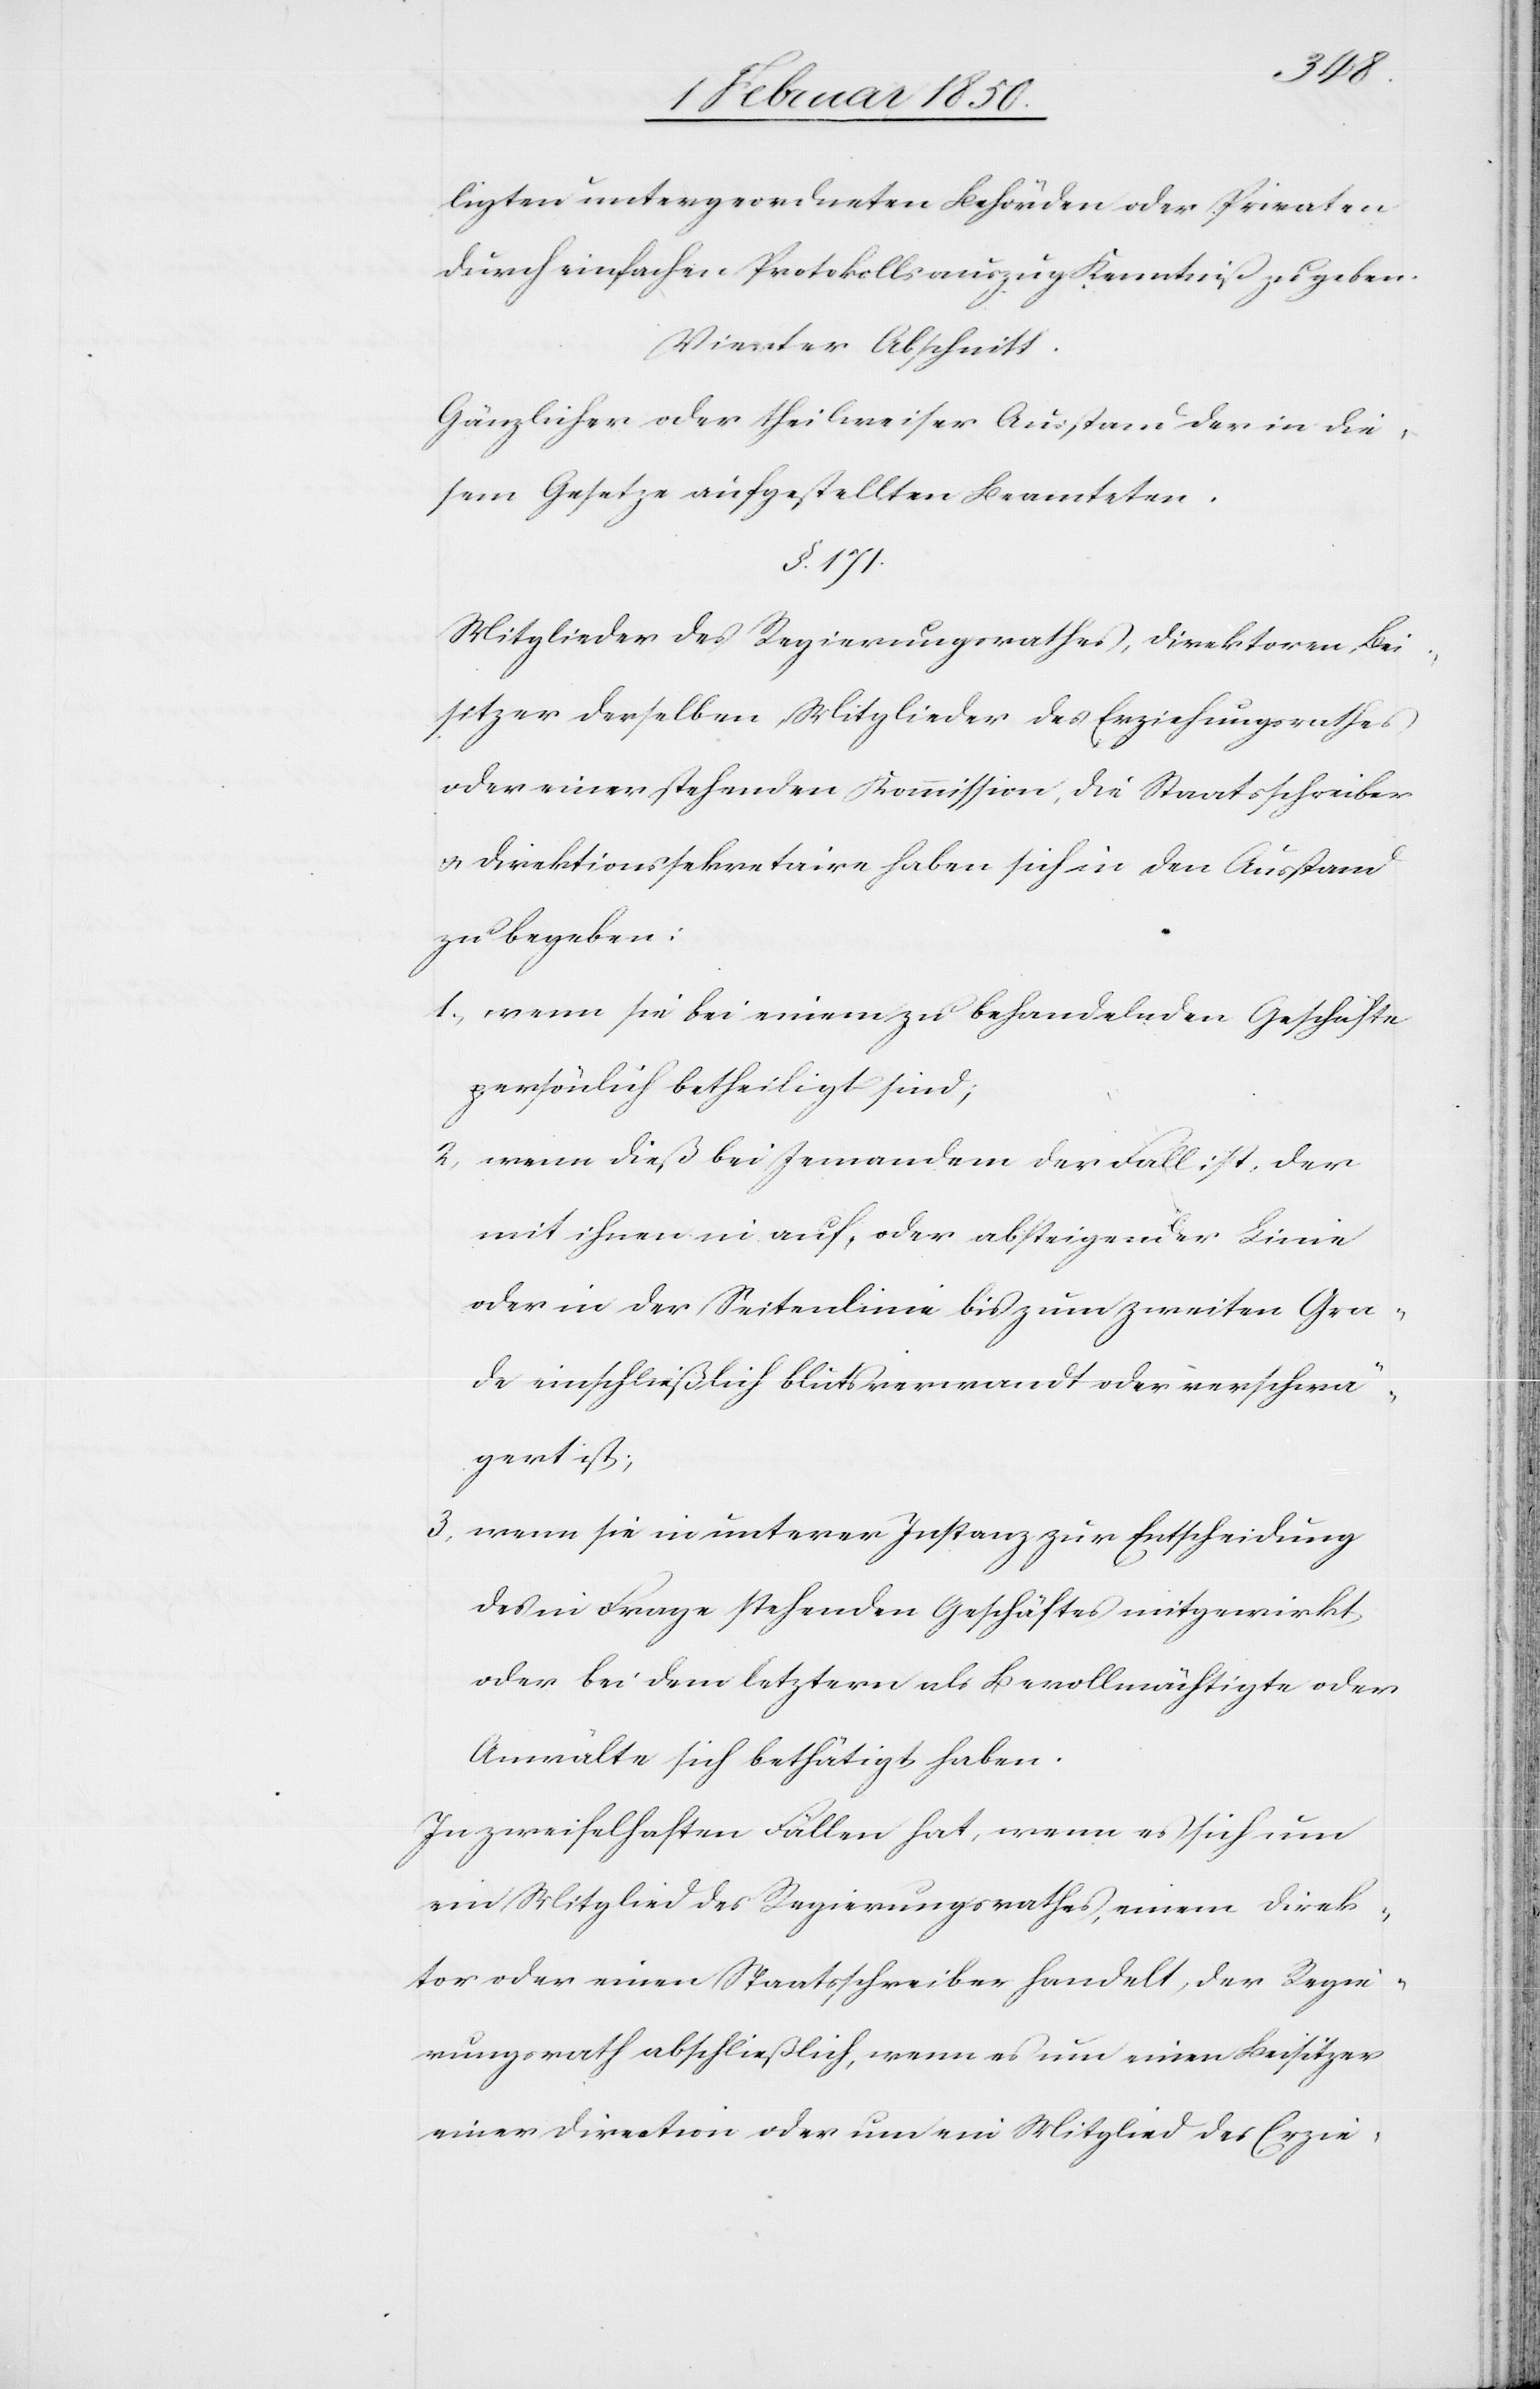
ligten untergeordneten Behörden oder Privaten
durch einfachen Protokollsauszug Kenntniß zu geben.
Vierter Abschnitt.
Gänzlicher oder theilweiser Ausstand der in die¬
sem Gesetze aufgestellten Beamteten.
§. 171.
Mitglieder des Regierungsrathes, Direktoren, Bei¬
sitzer derselben Mitglieder des Erziehungsrathes
oder einer stehenden Kommission, die Staatsschreiber
u. Direktionssekretaire haben sich in den Ausstand
zu begeben:
1. wenn sie bei einem zu behandelnden Geschäfte
persönlich betheiligt sind;
2. wenn dieß bei Jemandem der Fall ist, der
mit ihnen in auf- oder absteigender Linie
oder in der Seitenlinie bis zum zweiten Gra¬
de einschließlich blutsverwandt oder verschwä¬
gert ist;
3. wenn sie in unterer Instanz zur Entscheidung
des in Frage stehenden Geschäftes mitgewirkt
oder bei dem letztern als Bevollmächtigte oder
Anwälte sich bethätigt haben.
In zweifelhaften Fällen hat, wenn es sich um
ein Mitglied des Regierungsrathes, einem [sic!] Direk¬
tor oder einen Staatsschreiber handelt, der Regie¬
rungsrath abschließlich, wenn es um einen Beisitzer
einer Direction oder um ein Mitglied des Erzie-